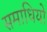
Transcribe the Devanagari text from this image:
समाधियो